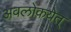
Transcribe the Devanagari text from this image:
अवलोकयेत्